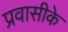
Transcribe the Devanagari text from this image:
प्रवासीके